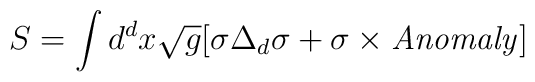
S = \int d^dx\sqrt{g}[\sigma\Delta_{d}\sigma +\sigma\times{\it Anomaly}]